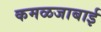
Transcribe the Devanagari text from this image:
कमळजाबाई